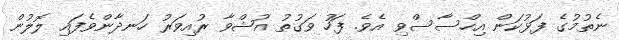
ނެތުމުގެ ފަޅުކަން އިހްސާސްވި އެވެ. ފަހު ވަގުތު އުޝްވާ ރުއިވަރު ހަނދާންވެފައި ލޮލުން